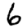
Digit: 6